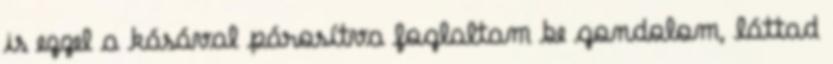
is ezzel a kásával párosítva foglaltam be gondolom, láttad